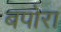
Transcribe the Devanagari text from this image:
बपोरा